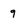
Character: 9